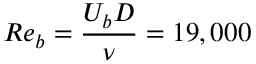
R e _ { b } = \frac { U _ { b } D } { \nu } = 1 9 , 0 0 0